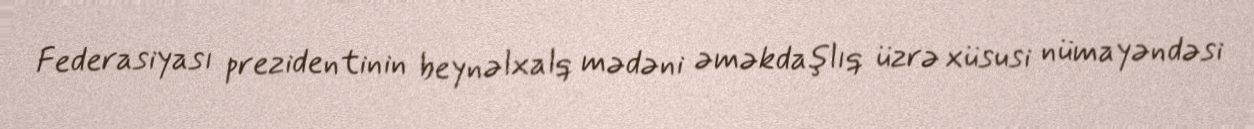
Federasiyası prezidentinin beynəlxalq mədəni əməkdaşlıq üzrə xüsusi nümayəndəsi